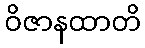
ဝိဇာနထာတိ